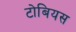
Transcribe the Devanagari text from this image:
टोबियस